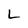
Character: L